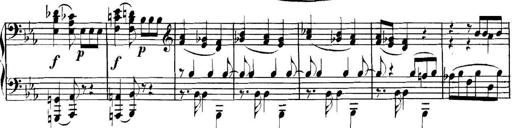
Title: Collected Piano Sonatas
Composer: Muzio Clementi